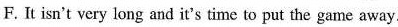
F. It isn't very long and it's time to put the game away.